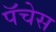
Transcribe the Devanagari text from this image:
पॅचेस